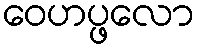
ဝေဟပ္ဖလော